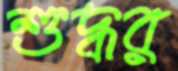
শুদ্ধর